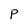
Character: p